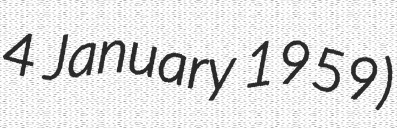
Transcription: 4 January 1959)